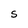
Character: S